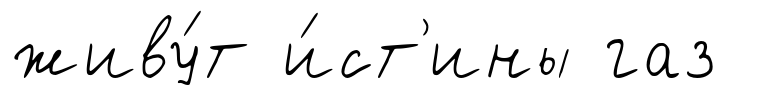
живу́т и́ст'ины газ